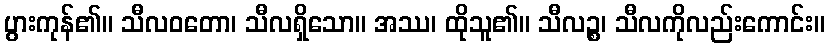
ပွားကုန်၏။ သီလဝတော၊ သီလရှိသော။ အဿ၊ ထိုသူ၏။ သီလဉ္စ၊ သီလကိုလည်းကောင်း။